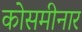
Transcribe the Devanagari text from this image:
कोसमीनार